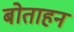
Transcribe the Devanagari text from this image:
बोताहन